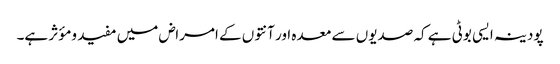
پودینہ ایسی بوٹی ہے کہ صدیوں سے معدہ اور آنتوں کے امراض میں مفید ومؤثر ہے۔